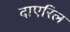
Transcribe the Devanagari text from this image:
दाएरिल